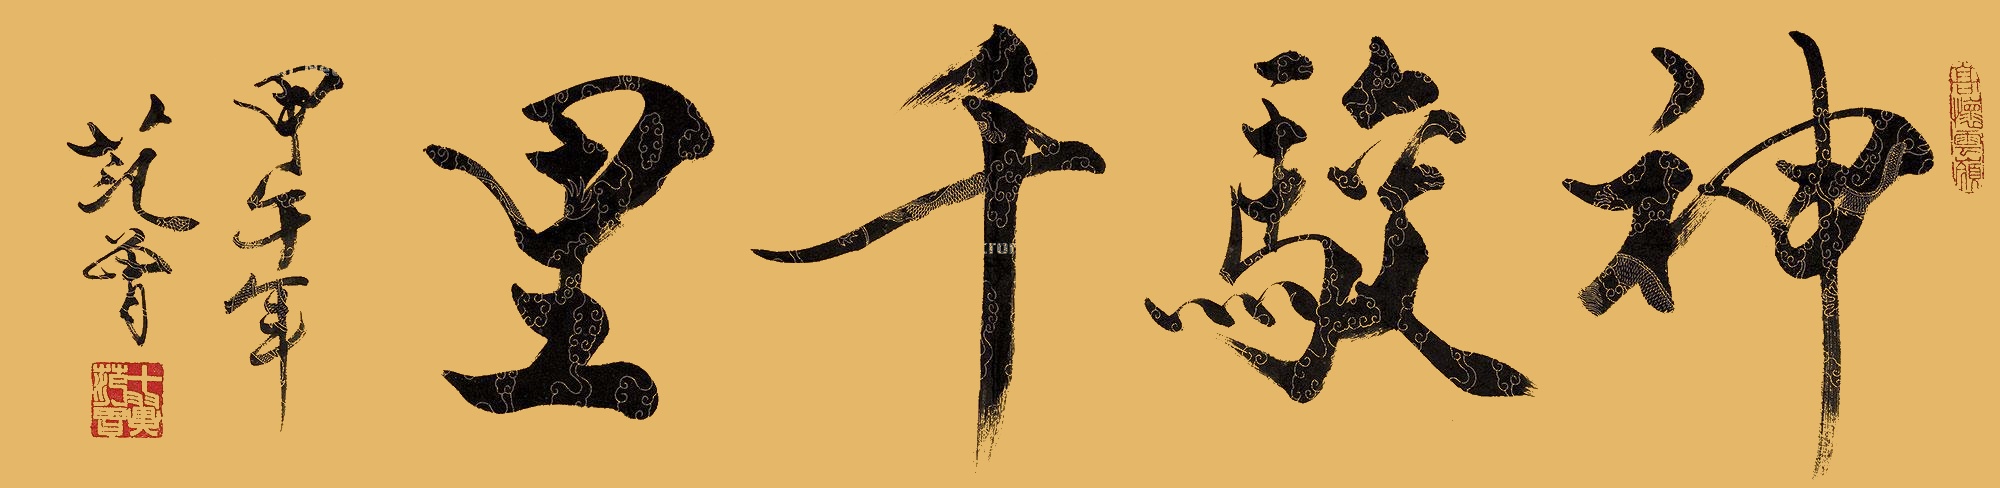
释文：神骏千里甲午年，范曾。